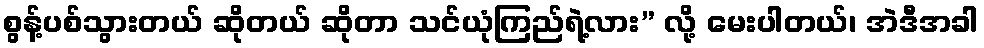
စွန့်ပစ်သွားတယ် ဆိုတယ် ဆိုတာ သင်ယုံကြည်ရဲ့လား” လို့ မေးပါတယ်၊ အဲဒီအခါ